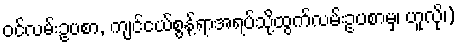
ဝင်လမ်းဥပစာ, ကျင်ငယ်စွန့်ရာအရပ်သို့ထွက်လမ်းဥပစာမှ၊ ဟူလို၊)